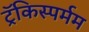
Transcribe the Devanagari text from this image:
ट्रॅकिस्पर्मम